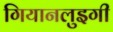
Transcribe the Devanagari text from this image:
गियानलुइगी